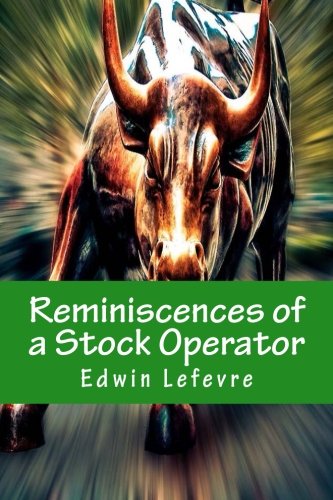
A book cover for Reminiscences of a Stock Operator; Edwin Lefevre; Business & Money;